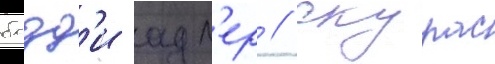
бадд'и адл'ер // Скурас